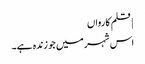
| قلم کارواں
اس شہر میں جو زندہ ہے۔